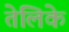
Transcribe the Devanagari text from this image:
तेलिके